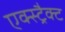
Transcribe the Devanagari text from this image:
एक्स्ट्रैक्ट